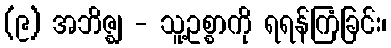
(၉) အဘိဇ္ဈ - သူ့ဥစ္စာကို ရရန်ကြံခြင်း၊